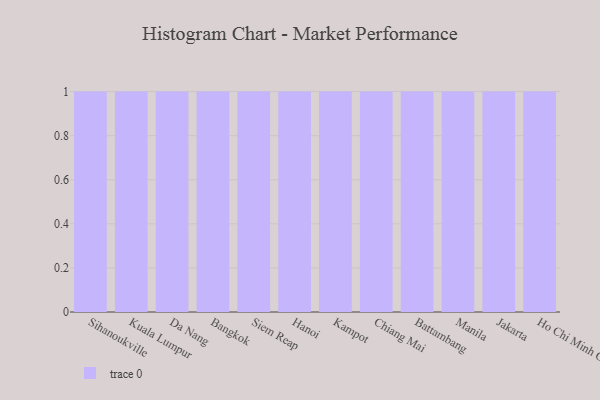
{"axis": {"x": "City", "y": "Shipments"}, "legend": [""], "data": [{"x": "Sihanoukville", "y": 89, "type": ""}, {"x": "Kuala Lumpur", "y": 68, "type": ""}, {"x": "Da Nang", "y": 42, "type": ""}, {"x": "Bangkok", "y": 32, "type": ""}, {"x": "Siem Reap", "y": 27, "type": ""}, {"x": "Hanoi", "y": 99, "type": ""}, {"x": "Kampot", "y": 5, "type": ""}, {"x": "Chiang Mai", "y": 96, "type": ""}, {"x": "Battambang", "y": 9, "type": ""}, {"x": "Manila", "y": 18, "type": ""}, {"x": "Jakarta", "y": 98, "type": ""}, {"x": "Ho Chi Minh City", "y": 90, "type": ""}]}